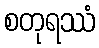
စတုရဿံ